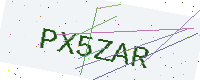
Text: PX5ZAR